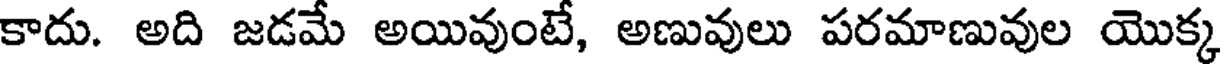
కాదు. అది జడమే అయివుంటే, అణువులు పరమాణువుల యొక్క